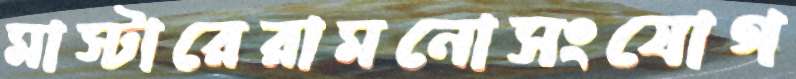
মাস্টারেরামনোসংযোগ